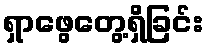
ရှာဖွေတွေ့ရှိခြင်း